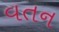
વતન